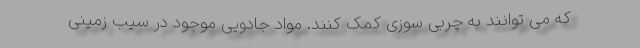
که می توانند به چربی سوزی کمک کنند. مواد جادویی موجود در سیب زمینی